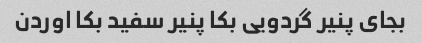
بجای پنیر گردویی بکا پنیر سفید بکا اوردن